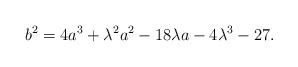
LaTeX: \begin{align*} b^2 = 4a^3+\lambda^2a^2-18\lambda a - 4\lambda^3-27.\end{align*}